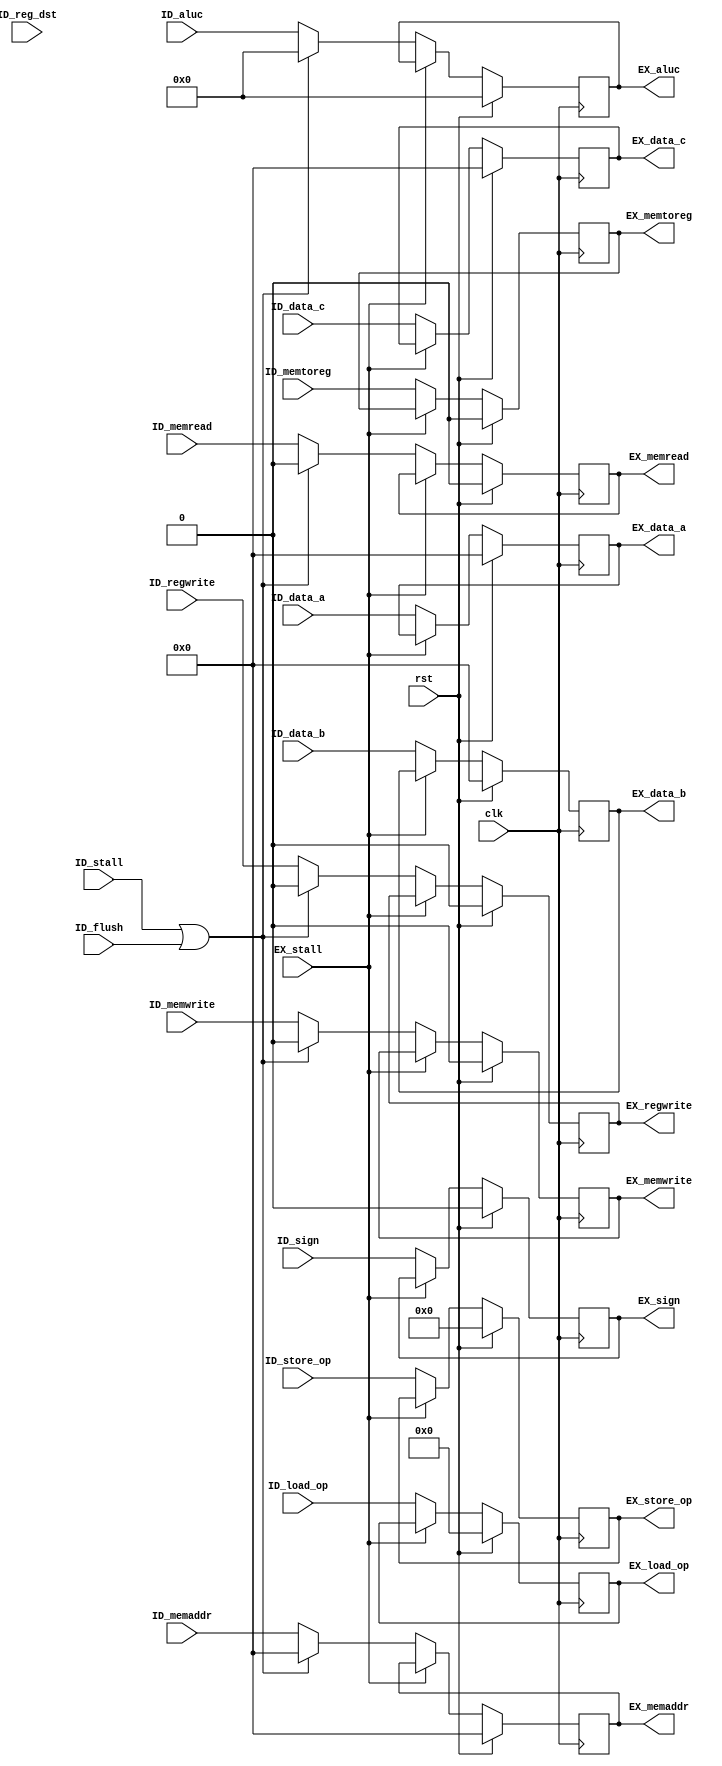
module ID_stage(/*AUTOARG*/
    //Inputs
    clk, rst, ID_stall, ID_flush, EX_stall, ID_reg_dst, 
    ID_data_a, ID_data_b, ID_data_c, ID_aluc, 
    ID_sign, ID_memread, ID_memwrite, ID_memaddr, 
    ID_load_op, ID_store_op, ID_memtoreg, ID_regwrite, 

    //Outputs
    EX_data_a, EX_data_b, EX_data_c,
    EX_aluc, EX_sign, EX_memread, EX_memwrite, EX_memaddr, EX_load_op,
    EX_store_op, EX_memtoreg, EX_regwrite);
    input   clk;
    input   rst;
    input   ID_stall;
    input   ID_flush;
    input   EX_stall;

    input   [4:0]   ID_reg_dst;
    input   [31:0]  ID_data_a, ID_data_b, ID_data_c;
    input   [20:0]  ID_aluc;
    input   ID_sign;
    input   ID_memread, ID_memwrite;
    input   [31:0]  ID_memaddr;
    input   [8:0]   ID_load_op;
    input   [5:0]   ID_store_op;
    input   ID_memtoreg, ID_regwrite;
    // Hazard 

    // Outputs
    output  reg [31:0]  EX_data_a, EX_data_b, EX_data_c;
    output  reg [20:0]  EX_aluc;
    output  reg EX_sign;
    output  reg EX_memread, EX_memwrite;
    output  reg [31:0]  EX_memaddr;
    output  reg [8:0]   EX_load_op;
    output  reg [5:0]   EX_store_op;
    output  reg EX_memtoreg, EX_regwrite;

    always @(posedge clk) begin
        EX_data_a   <= rst ? 32'b0 : (EX_stall ? EX_data_a  : ID_data_a);
        EX_data_b   <= rst ? 32'b0 : (EX_stall ? EX_data_b  : ID_data_b);
        EX_data_c   <= rst ? 32'b0 : (EX_stall ? EX_data_c  : ID_data_c);
        EX_aluc     <= rst ? 21'b0 : (EX_stall ? EX_aluc    : ((ID_stall | ID_flush) ? 21'b0 : ID_aluc));
        EX_sign     <= rst ? 0     : (EX_stall ? EX_sign    : ID_sign);
        EX_memread  <= rst ? 0     : (EX_stall ? EX_memread : ((ID_stall | ID_flush) ? 0     : ID_memread));
        EX_memwrite <= rst ? 0     : (EX_stall ? EX_memwrite: ((ID_stall | ID_flush) ? 0     : ID_memwrite));
        EX_memaddr  <= rst ? 0     : (EX_stall ? EX_memaddr : ((ID_stall | ID_flush) ? 0     : ID_memaddr));
        EX_load_op  <= rst ? 9'b0  : (EX_stall ? EX_load_op : ID_load_op);
        EX_store_op <= rst ? 6'b0  : (EX_stall ? EX_store_op: ID_store_op);
        //EX_regread  <= rst ? 0     : (EX_stall ? EX_regread : ((ID_stall | ID_flush) ? 0     : ID_regread));
        EX_regwrite <= rst ? 0     : (EX_stall ? EX_regwrite: ((ID_stall | ID_flush) ? 0     : ID_regwrite));
        EX_memtoreg <= rst ? 0     : (EX_stall ? EX_memtoreg: ID_memtoreg);
    end

endmodule